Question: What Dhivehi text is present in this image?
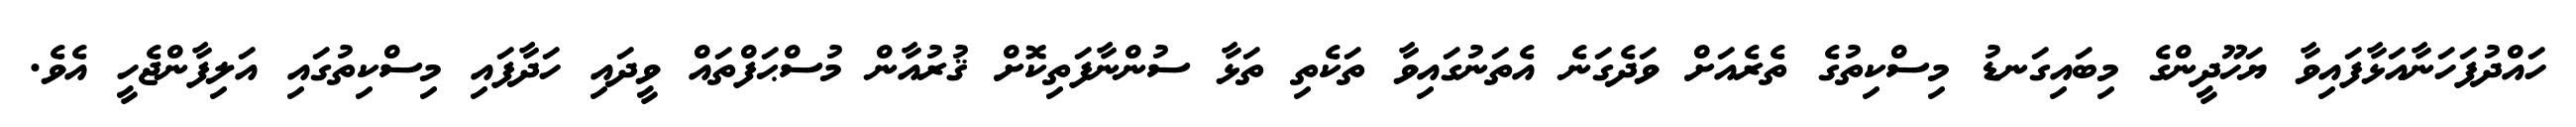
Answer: ހައްދުފަހަނާއަޅާފައިވާ ޔަހޫދީންގެ މިބައިގަނޑު މިސްކިތުގެ ތެރެއަށް ވަދެގަނެ އެތަނުގައިވާ ތަކެތި ތަޅާ ސުންނާފަތިކޮށް ޤުރުއާން މުސްޙަފްތައް ވީދައި ހަދާފައި މިސްކިތުގައި އަލިފާންޖެހީ އެވެ.